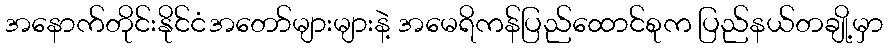
အနောက်တိုင်းနိုင်ငံအတော်များများနဲ့ အမေရိကန်ပြည်ထောင်စုက ပြည်နယ်တချို့မှာ